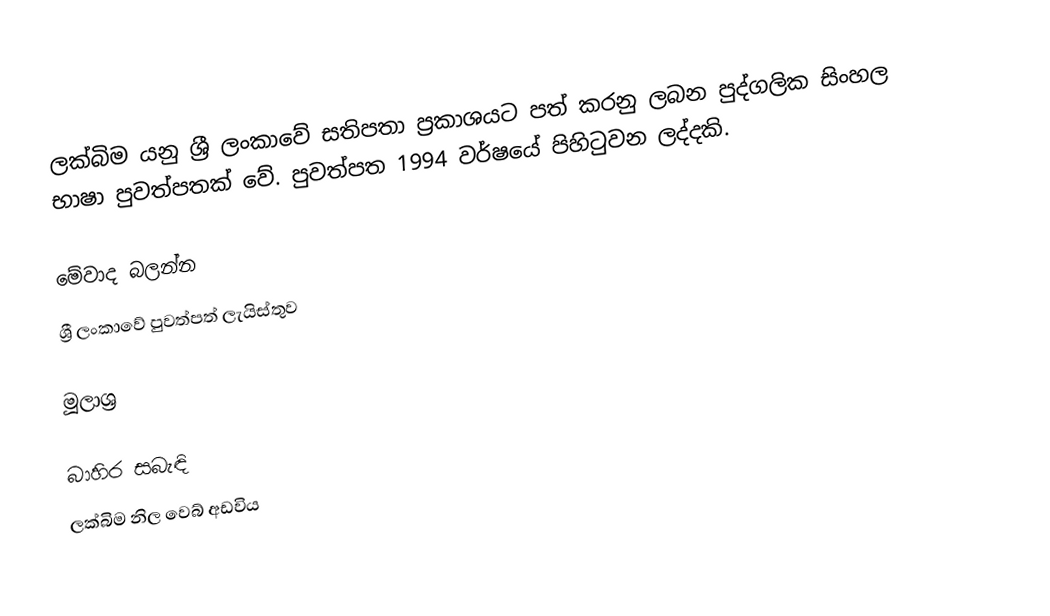
ලක්බිම යනු ශ්‍රී ලංකාවේ සතිපතා ප්‍රකාශයට පත් කරනු ලබන පුද්ගලික සිංහල භාෂා පුවත්පතක් වේ. පුවත්පත 1994 වර්ෂයේ පිහිටුවන ලද්දකි.

මේවාද බලන්න
ශ්‍රී ලංකාවේ පුවත්පත් ලැයිස්තුව

මූලාශ්‍ර

බාහිර සබැඳි
 ලක්බිම නිල වෙබ් අඩවිය